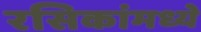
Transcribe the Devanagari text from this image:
रसिकांमध्ये